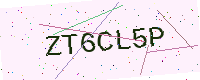
Text: ZT6CL5P